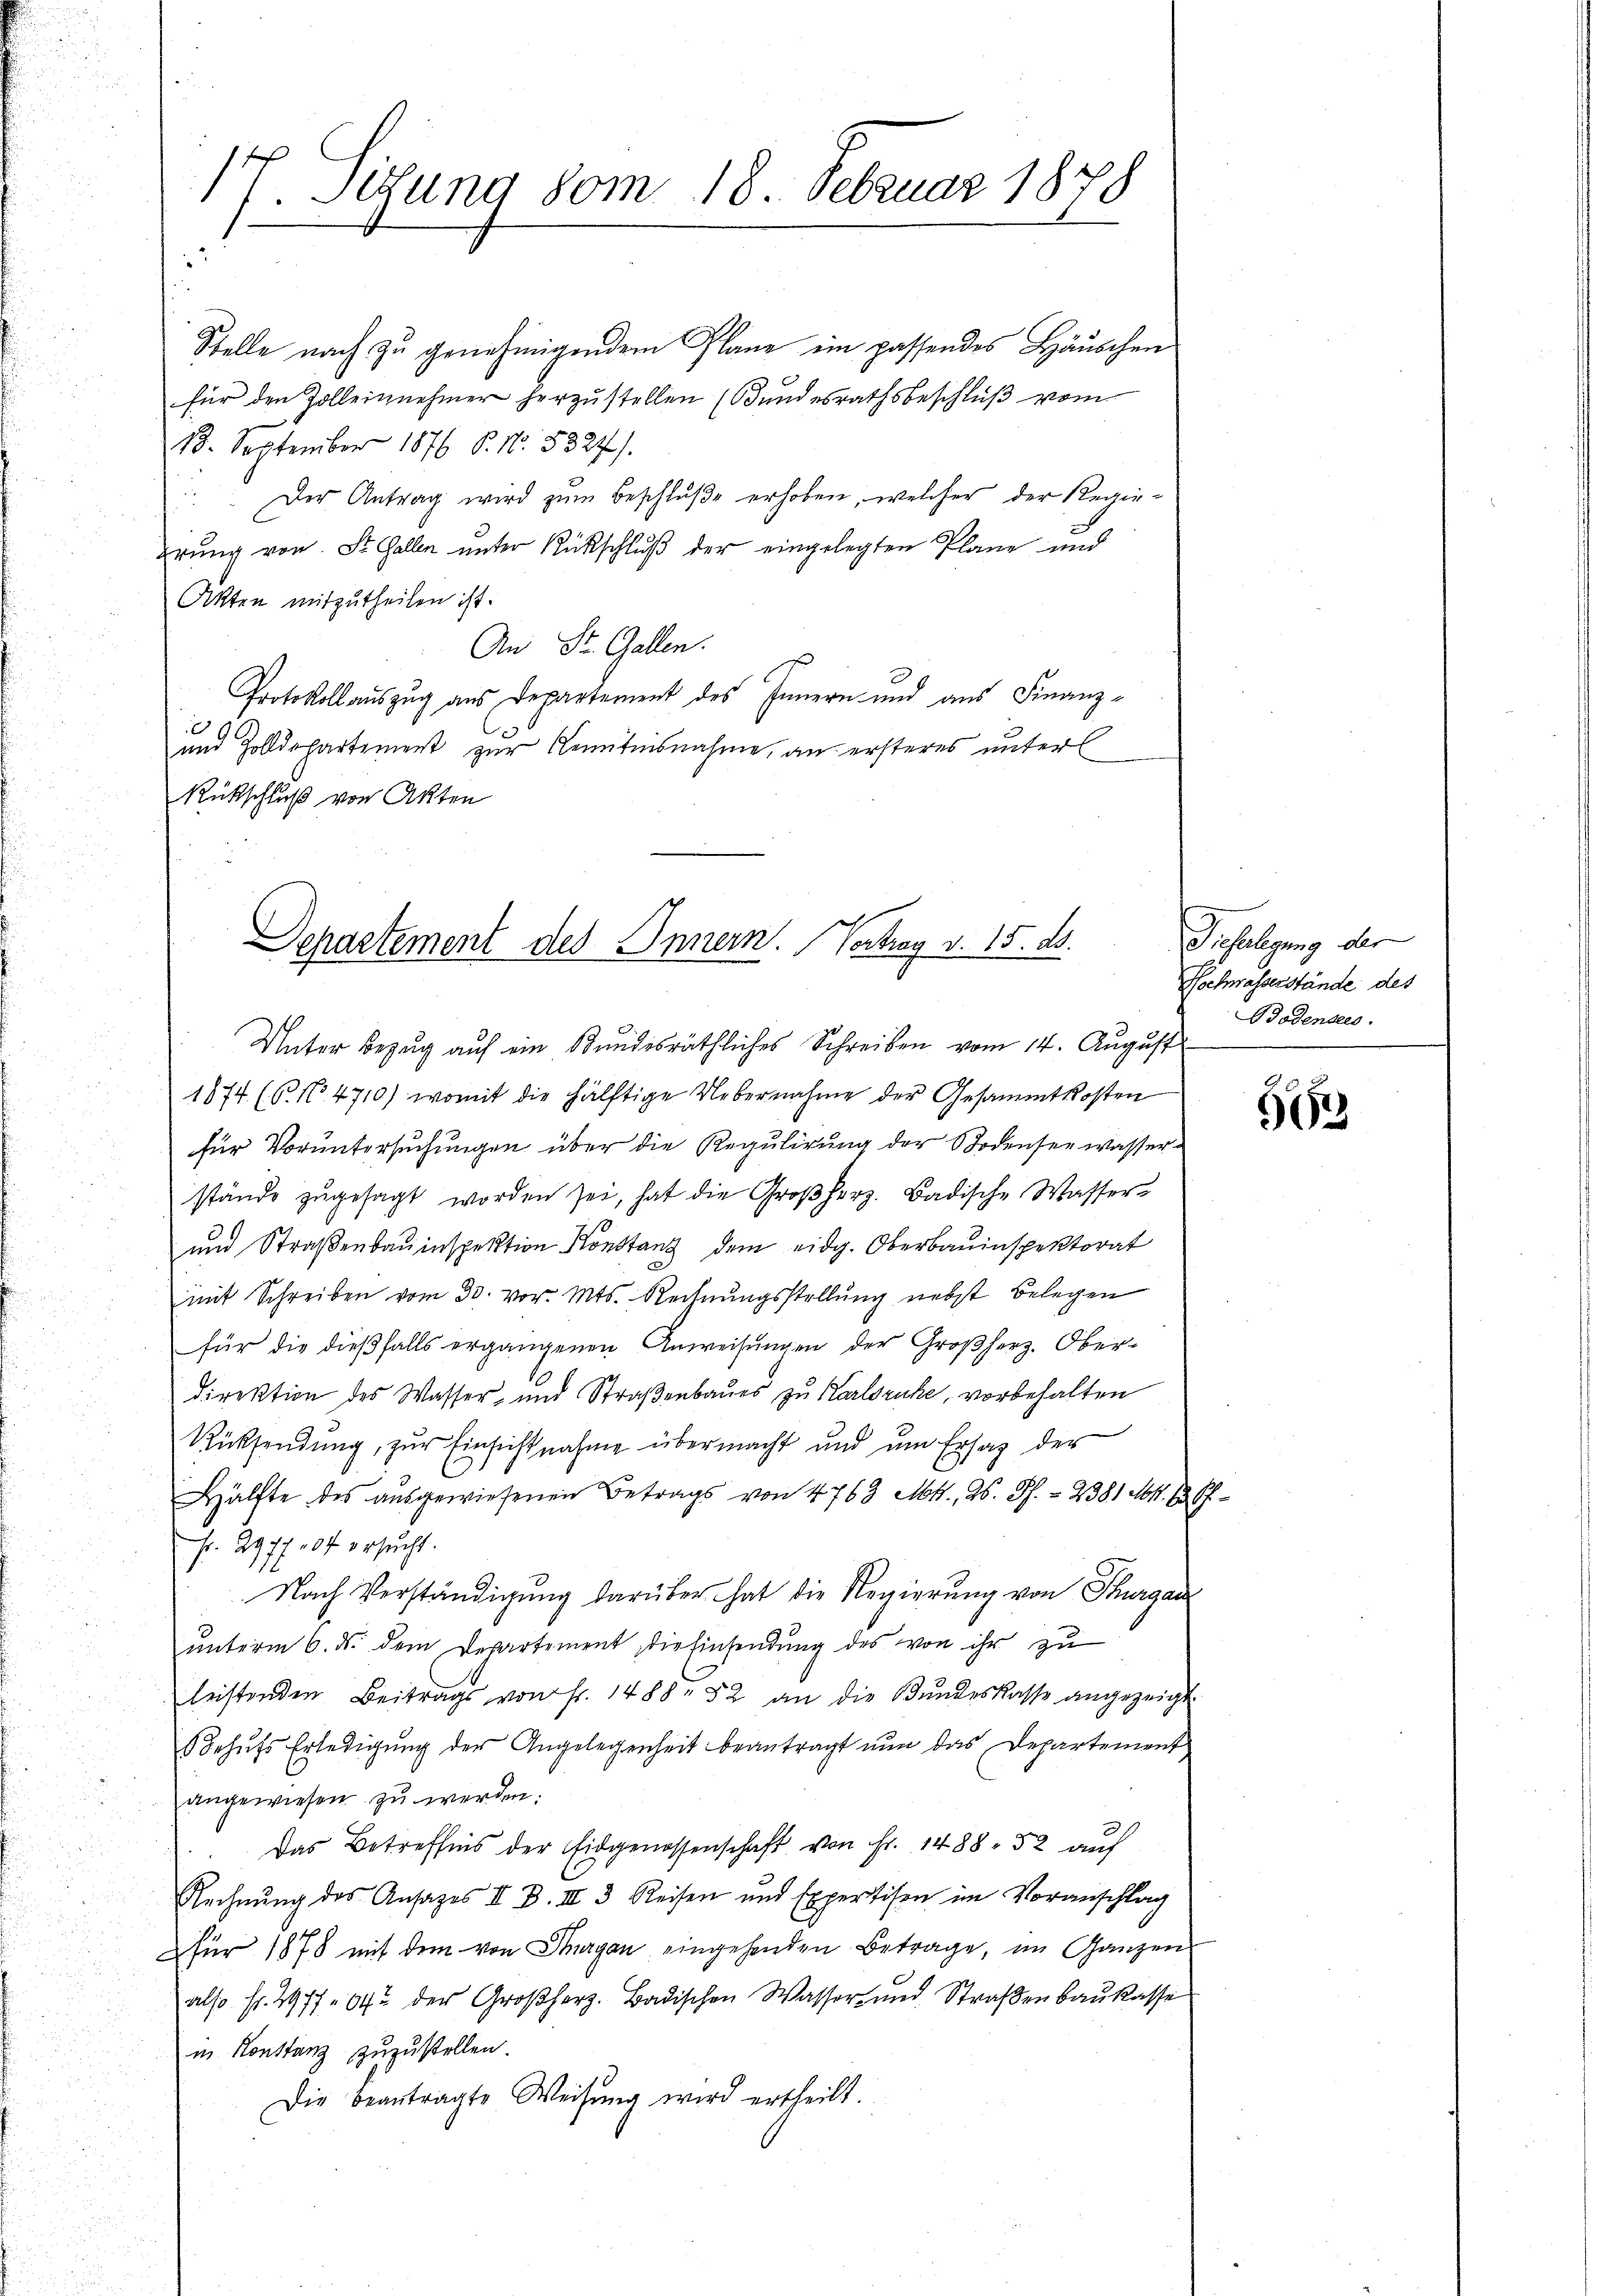
17. Jesung vom 18. Februar 1878

Stelle nach zu genehmigendem Plane ein passendes Häuschen
für den Zolleinnehmer herzustellen (Bundesrathsbeschluß vom
18. September 1876 S. Nr. 5827).
Der Antrag wird zŭm Beschluße erhoben, welcher der Regie-
erŭng von St. Gallen ŭnter Rückschlŭβ der eingelegten Plane und
Akten mitzutheilen ist.
An St. Gallen.
Protokollauszug aus Departement des Innern und aus Finanz-
E
und Zolldepartement zur Kenntnisnahme, an ersteres unterl
Rückschluß von Akten

Separtement des Innern. Vertrag v. 15. ds.
Unter Bezug auf ein Bundesräthliches Schreiben vom 14. August

1874 (6. No. 4710) womit die hälftige Uebernahme der Gesammtkosten
für Voruntersuchungen über die Regulirung der Bodensee wasser
stände zŭgesagt worden sei, hat die Großherz. Badische Wasser-
und Straßenbauinspektion Konstan dem eidg. Oberbauinspektorat
mit Schreiben vom 30. vor. Mts. Rechnŭngsstellung nebst Belegen
für die dieβfalls ergangenen Anweisŭngen der Großherz. Ober-
direktion des Wasser- und Straßenbaues zu Karlsruhe, vorbehalten
Rücksendung, zur Einsichtnahme übermacht und um Ersatz der
Hälfte des ausgewiesenen Betrags von 4763 Mtt., 26. Ph. - 2381 M. D.
Fr. 2977 104 ersucht.
Nach Verständigung darüber hat die Regierung von Thurgau
ŭnterm 6. ds. dem Departement, die Einsendŭng des von ihr zu
leistenden Beitrags von Fr. 1488. 52 an die Bŭndeskasse angezeigt.
Behŭfs Erledigung der Angelegenheit beantragt nun das Departement
angewiesen zu werden.
3
Das Betreffnis der Eidgenossenschaft von Fr. 1488. 52 auf
Rechnung des Ansatzes II. B. III 3 Reisen und Expertisen im Voranschlag
 für 1878 mit dem von Thurgau eingehenden Betrage, im Ganzens
also fr. 297764 der Großherz. Badischen Wasser- und Straβenbaukasse
in Konstanz zuzustellen.
Die beantragte Weisŭng wird ertheilt.

Dieselligung der
Hochwasserstände des
Bodensees.

57